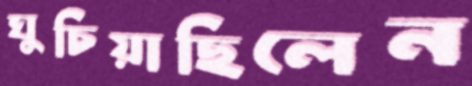
ঘুচিয়াছিলেন